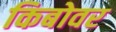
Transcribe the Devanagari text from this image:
किबोवर